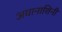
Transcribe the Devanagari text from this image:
अघानाशिनी